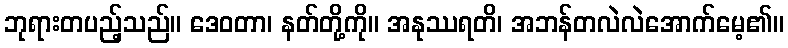
ဘုရားတပည့်သည်။ ဒေဝတာ၊ နတ်တို့ကို။ အနုဿရတိ၊ အဘန်တလဲလဲအောက်မေ့၏။